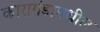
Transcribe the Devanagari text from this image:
कारागंडामधील